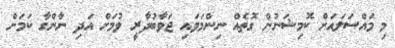
މި މައްސަލައަށް ކޮމިޝަނުން ގޮތެއް ނިންމަވައި ޖަވާބުދާރީ ވުމަށް އަދި ނާންގާ ކަމަށް